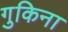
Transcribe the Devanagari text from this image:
गुकिना